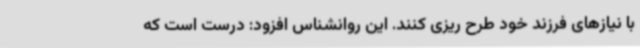
با نیازهای فرزند خود طرح ریزی کنند. این روانشناس افزود: درست است که